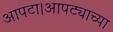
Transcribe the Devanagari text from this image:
आपटा।आपट्याच्या